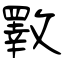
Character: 斁